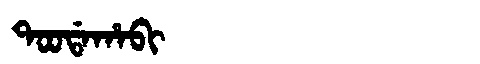
Manchu: ᡨᠣᠣᡩᠠᡥᠠᠪᡳ
Romanization: TOODAHABI